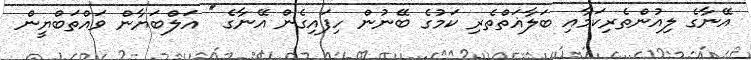
އޭނާގެ ލިއުންތެރިކަމާއި ބަލާޣަތްތެރި ކަމުގެ ބޭނުން ހިފައިގެން އޭނާގެ '' އަލްބަޔާން ވައްތަބްޔީން